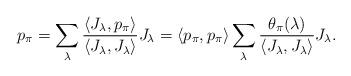
LaTeX: \begin{align*} p_\pi = \sum_\lambda \frac{\langle J_\lambda, p_\pi \rangle}{ \langle J_\lambda, J_\lambda \rangle} J_\lambda = \langle p_\pi, p_\pi \rangle \sum_\lambda \frac{\theta_\pi(\lambda)}{\langle J_\lambda, J_\lambda \rangle} J_\lambda.\end{align*}